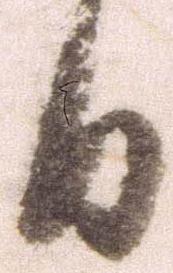
日